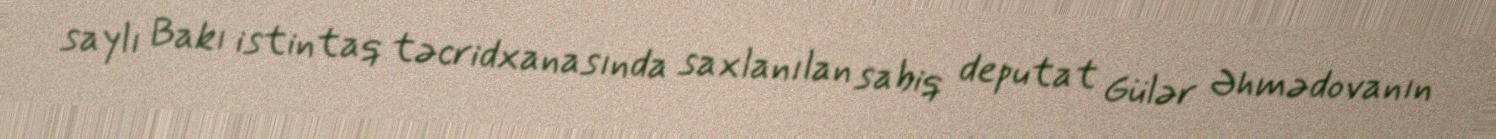
saylı Bakı istintaq təcridxanasında saxlanılan sabiq deputat Gülər Əhmədovanın